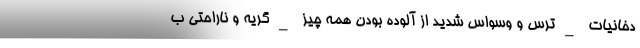
دخانیات _ترس و وسواس شدید از آلوده بودن همه چیز _گریه و ناراحتی ب